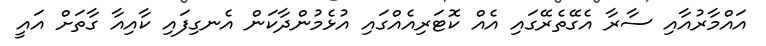
އައްމާރުއާއި ސާރާ އެގޭތެރޭގައި އެއް ކޮޓަރިއެއްގައި އުޅެމުންދާކަން އެނގިފައި ކާއިއާ ގާތަށް އައީ